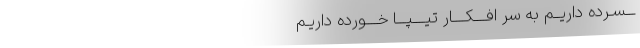
ـــسـرده داریــم به سر افــــکــــار تیــــپـــا خــــورده داریـم